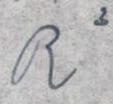
R 2